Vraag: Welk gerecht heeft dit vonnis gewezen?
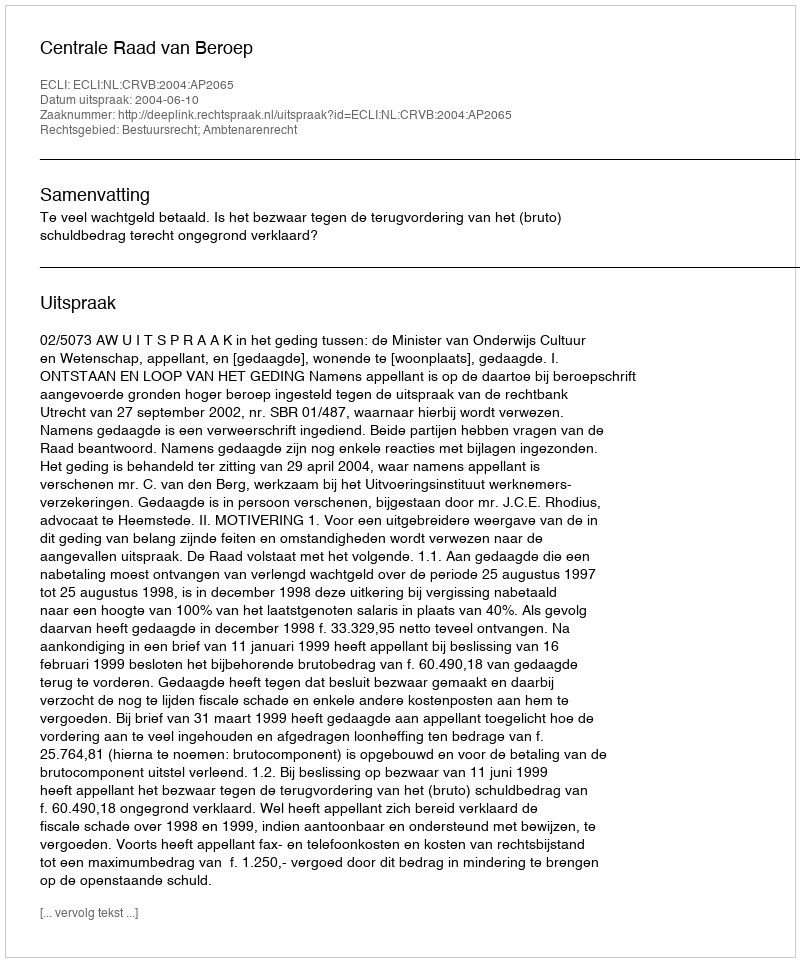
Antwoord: Centrale Raad van Beroep